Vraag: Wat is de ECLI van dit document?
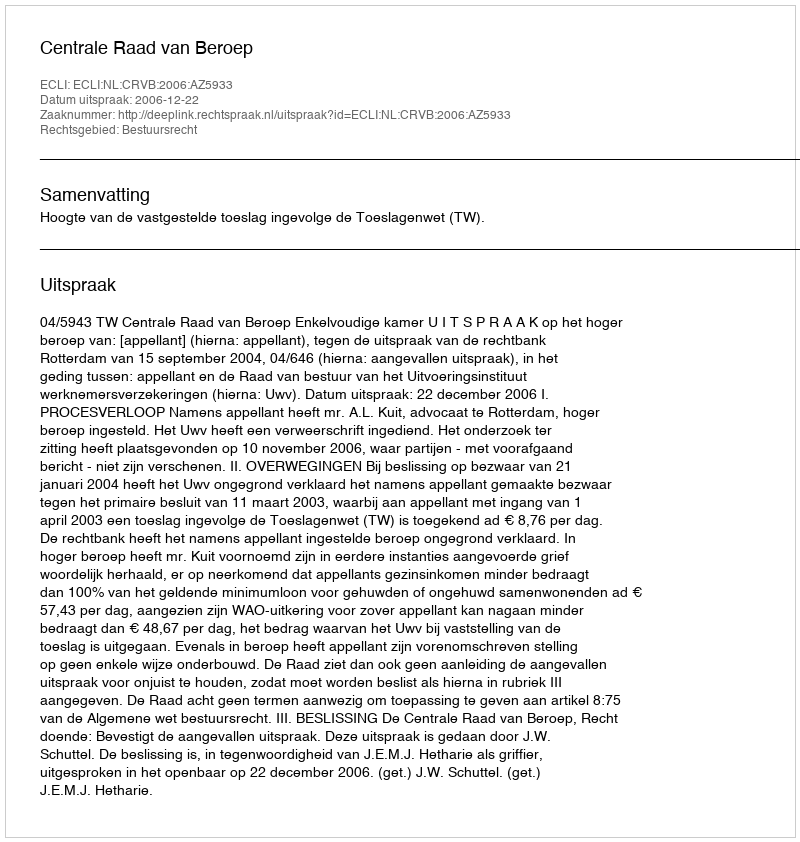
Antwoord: ECLI:NL:CRVB:2006:AZ5933